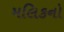
મલિકનો